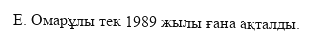
Е. Омарұлы тек 1989 жылы ғана ақталды.